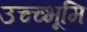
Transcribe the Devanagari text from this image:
उच्च्भूमि